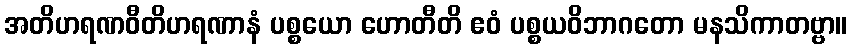
အတိဟရဏဝီတိဟရဏာနံ ပစ္စယော ဟောတီတိ ဧဝံ ပစ္စယဝိဘာဂတော မနသိကာတဗ္ဗာ။